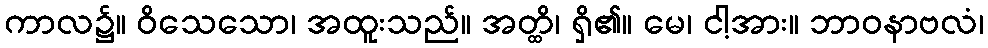
ကာလ၌။ ဝိသေသော၊ အထူးသည်။ အတ္ထိ၊ ရှိ၏။ မေ၊ ငါ့အား။ ဘာဝနာဗလံ၊